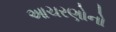
આચરણોનો